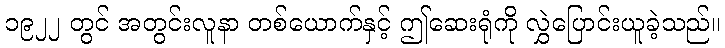
၁၉၂၂ တွင် အတွင်းလူနာ တစ်ယောက်နှင့် ဤဆေးရုံကို လွှဲပြောင်းယူခဲ့သည်။